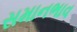
સમાનભાવ